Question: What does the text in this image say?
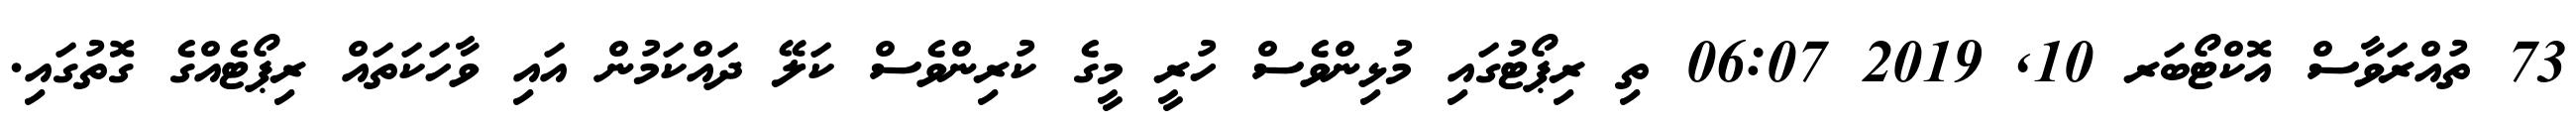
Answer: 73 ތުއްރަވާސް އޮކްޓޯބަރ 10, 2019 06:07 ތި ރިޕޯޓުގައި މުޅިންވެސް ހުރީ މީގެ ކުރިންވެސް ކަލޭ ދައްކަމުން އައި ވާހަކަތައް ރިޕޯޓެއްގެ ގޮތުގައި.